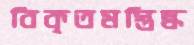
বিকৃতমস্তিষ্ক